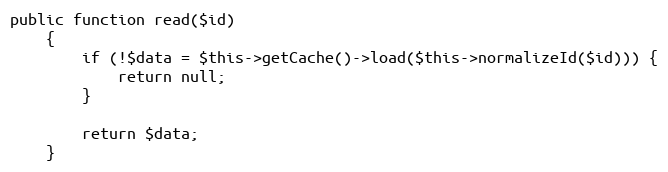
Language: PHP
public function read($id)
    {
        if (!$data = $this->getCache()->load($this->normalizeId($id))) {
            return null;
        }

        return $data;
    }